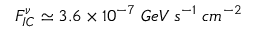
F _ { I C } ^ { \nu } \simeq 3 . 6 \times 1 0 ^ { - 7 } \; G e V \; s ^ { - 1 } \; c m ^ { - 2 }